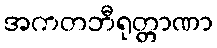
အကတဘီရုတ္တာဏာ